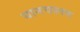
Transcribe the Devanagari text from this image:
यानचालक